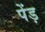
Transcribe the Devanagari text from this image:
पेंड़